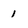
Character: 1